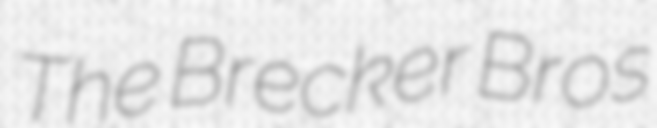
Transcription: The Brecker Bros